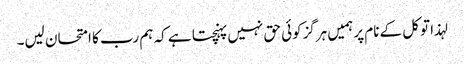
لہذا توکل کے نام پرہمیں ہرگزکوئی حق نہیں پہنچتا ہے کہ ہم رب کا امتحان لیں۔